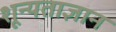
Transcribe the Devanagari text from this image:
शून्यताज्ञान